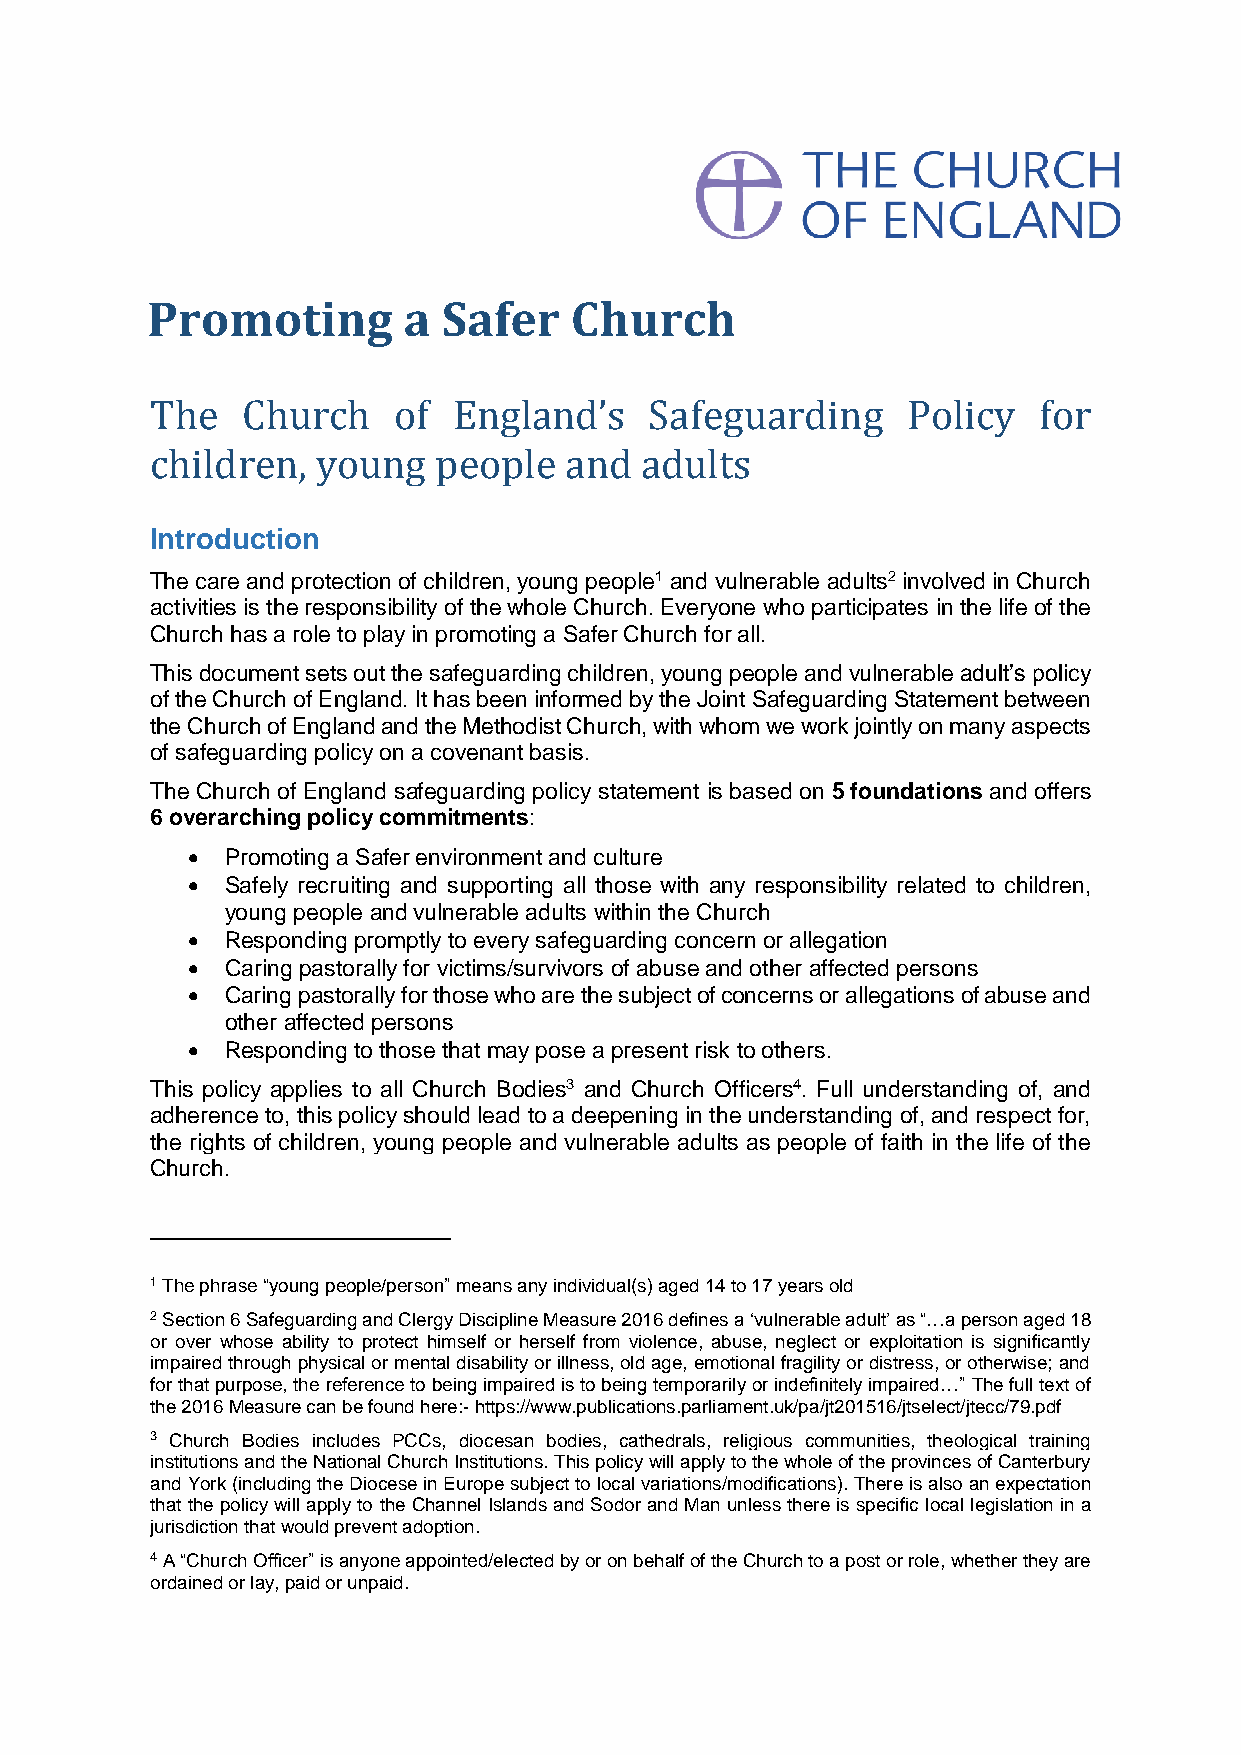
Promoting        a Safer    Church
 The   Church    of  England’s    Safeguarding     Policy   for
 children,  young   people  and  adults
 Introduction
 The care and protection of children, young people1 and vulnerable adults2 involved in Church
 activities is the responsibility of the whole Church. Everyone who participates in the life of the
 Church has a role to play in promoting a Safer Church for all.
 This document sets out the safeguarding children, young people and vulnerable adult’s policy
 of the Church of England. It has been informed by the Joint Safeguarding Statement between
 the Church of England and the Methodist Church, with whom we work jointly on many aspects
 of safeguarding policy on a covenant basis.
 The Church of England safeguarding policy statement is based on 5 foundations and offers
 6 overarching policy commitments:
   Promoting a Safer environment and culture
   Safely recruiting and supporting all those with any responsibility related to children,
 young people and vulnerable adults within the Church
   Responding promptly to every safeguarding concern or allegation
   Caring pastorally for victims/survivors of abuse and other affected persons
   Caring pastorally for those who are the subject of concerns or allegations of abuse and
 other affected persons
   Responding to those that may pose a present risk to others.
 This policy applies to all Church Bodies3 and Church Officers4. Full understanding of, and
 adherence to, this policy should lead to a deepening in the understanding of, and respect for,
 the rights of children, young people and vulnerable adults as people of faith in the life of the
 Church.
 1 The phrase “young people/person” means any individual(s) aged 14 to 17 years old
 2 Section 6 Safeguarding and Clergy Discipline Measure 2016 defines a ‘vulnerable adult’ as “…a person aged 18
 or over whose ability to protect himself or herself from violence, abuse, neglect or exploitation is significantly
 impaired through physical or mental disability or illness, old age, emotional fragility or distress, or otherwise; and
 for that purpose, the reference to being impaired is to being temporarily or indefinitely impaired…” The full text of
 the 2016 Measure can be found here:- https://www.publications.parliament.uk/pa/jt201516/jtselect/jtecc/79.pdf
 3 Church Bodies includes PCCs, diocesan bodies, cathedrals, religious communities, theological training
 institutions and the National Church Institutions. This policy will apply to the whole of the provinces of Canterbury
 and York (including the Diocese in Europe subject to local variations/modifications). There is also an expectation
 that the policy will apply to the Channel Islands and Sodor and Man unless there is specific local legislation in a
 jurisdiction that would prevent adoption.
 4 A “Church Officer” is anyone appointed/elected by or on behalf of the Church to a post or role, whether they are
 ordained or lay, paid or unpaid.